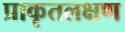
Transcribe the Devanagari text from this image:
प्राकृतलक्षण